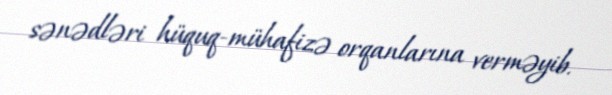
sənədləri hüquq-mühafizə orqanlarına verməyib.